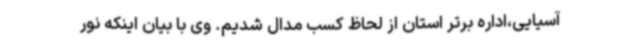
آسیایی،اداره برتر استان از لحاظ کسب مدال شدیم. وی با بیان اینکه نور